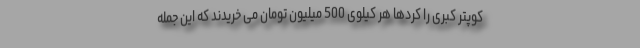
کوپتر کبری را کُردها هر کیلوی 500 میلیون تومان می خریدند که این جمله